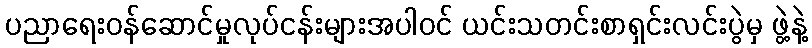
ပညာရေးဝန်ဆောင်မှုလုပ်ငန်းများအပါဝင် ယင်းသတင်းစာရှင်းလင်းပွဲမှ ဖွဲ့နဲ့